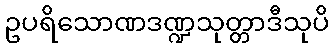
ဥပရိသောဏဒဏ္ဍသုတ္တာဒီသုပိ